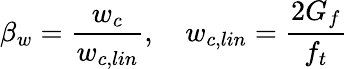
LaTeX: \beta_{w}=\frac{w_{c}}{w_{c,lin}},\quad w_{c,lin}=\frac{2G_{f}}{f_{t}}